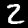
Label: 2